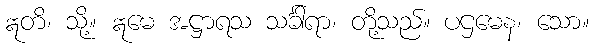
ဣတိ၊ သို့။ ဣမေ အဋ္ဌာရသ သင်္ခါရာ၊ တို့သည်။ ပဌမေန၊ သော။